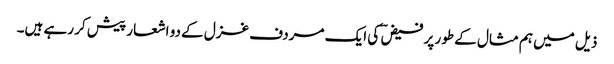
ذیل میں ہم مثال کے طور پر فیض ؔ کی ایک مردف غزل کے دو اشعار پیش کر رہے ہیں۔